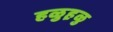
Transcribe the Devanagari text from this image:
हळुह़ळु